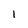
Character: 1